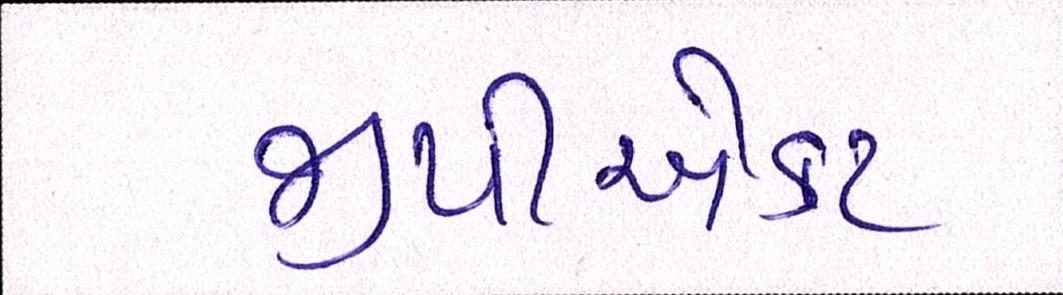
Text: જીપીએકટ